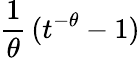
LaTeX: {\frac{1}{\theta}}\, (t^{-\theta}-1)